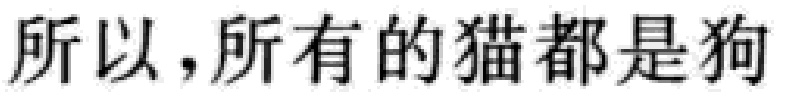
所以，所有的猫都是狗